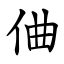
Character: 㑋